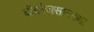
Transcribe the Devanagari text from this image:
कॅबरेजसारख्या